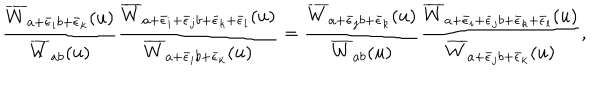
\frac { \overline { { { W } } } _ { a + \bar { \epsilon } _ { i } b + \bar { \epsilon } _ { k } } ( u ) } { \overline { { { W } } } _ { a b } ( u ) } \frac { \overline { { { W } } } _ { a + \bar { \epsilon } _ { i } + \bar { \epsilon } _ { j } b + \bar { \epsilon } _ { k } + \bar { \epsilon } _ { l } } ( u ) } { \overline { { { W } } } _ { a + \bar { \epsilon } _ { i } b + \bar { \epsilon } _ { k } } ( u ) } = \frac { \overline { { { W } } } _ { a + \bar { \epsilon } _ { j } b + \bar { \epsilon } _ { k } } ( u ) } { \overline { { { W } } } _ { a b } ( u ) } \frac { \overline { { { W } } } _ { a + \bar { \epsilon } _ { i } + \bar { \epsilon } _ { j } b + \bar { \epsilon } _ { k } + \bar { \epsilon } _ { l } } ( u ) } { \overline { { { W } } } _ { a + \bar { \epsilon } _ { j } b + \bar { \epsilon } _ { k } } ( u ) } ,